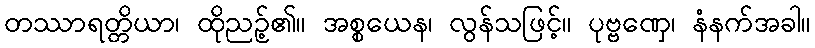
တဿာရတ္တိယာ၊ ထိုညဉ့်၏။ အစ္စယေန၊ လွန်သဖြင့်။ ပုဗ္ဗဏှေ၊ နံနက်အခါ။